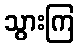
သွားကြ